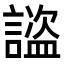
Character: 𧫺